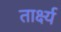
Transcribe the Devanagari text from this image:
तार्क्ष्य